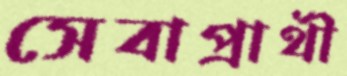
সেবাপ্রার্থী